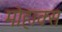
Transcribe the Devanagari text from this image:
मोहाक्स